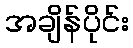
အချိန်ပိုင်း